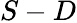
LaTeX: S-D